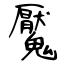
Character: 魘